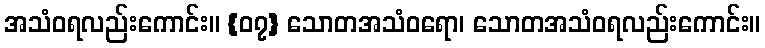
အသံဝရလည်းကောင်း။ {၀၇} သောတအသံဝရော၊ သောတအသံဝရလည်းကောင်း။